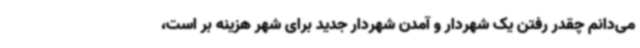
می‌دانم چقدر رفتن یک شهردار و آمدن شهردار جدید برای شهر هزینه بر است،